Jaan_Tonisson_(Lasteleht), lk 173
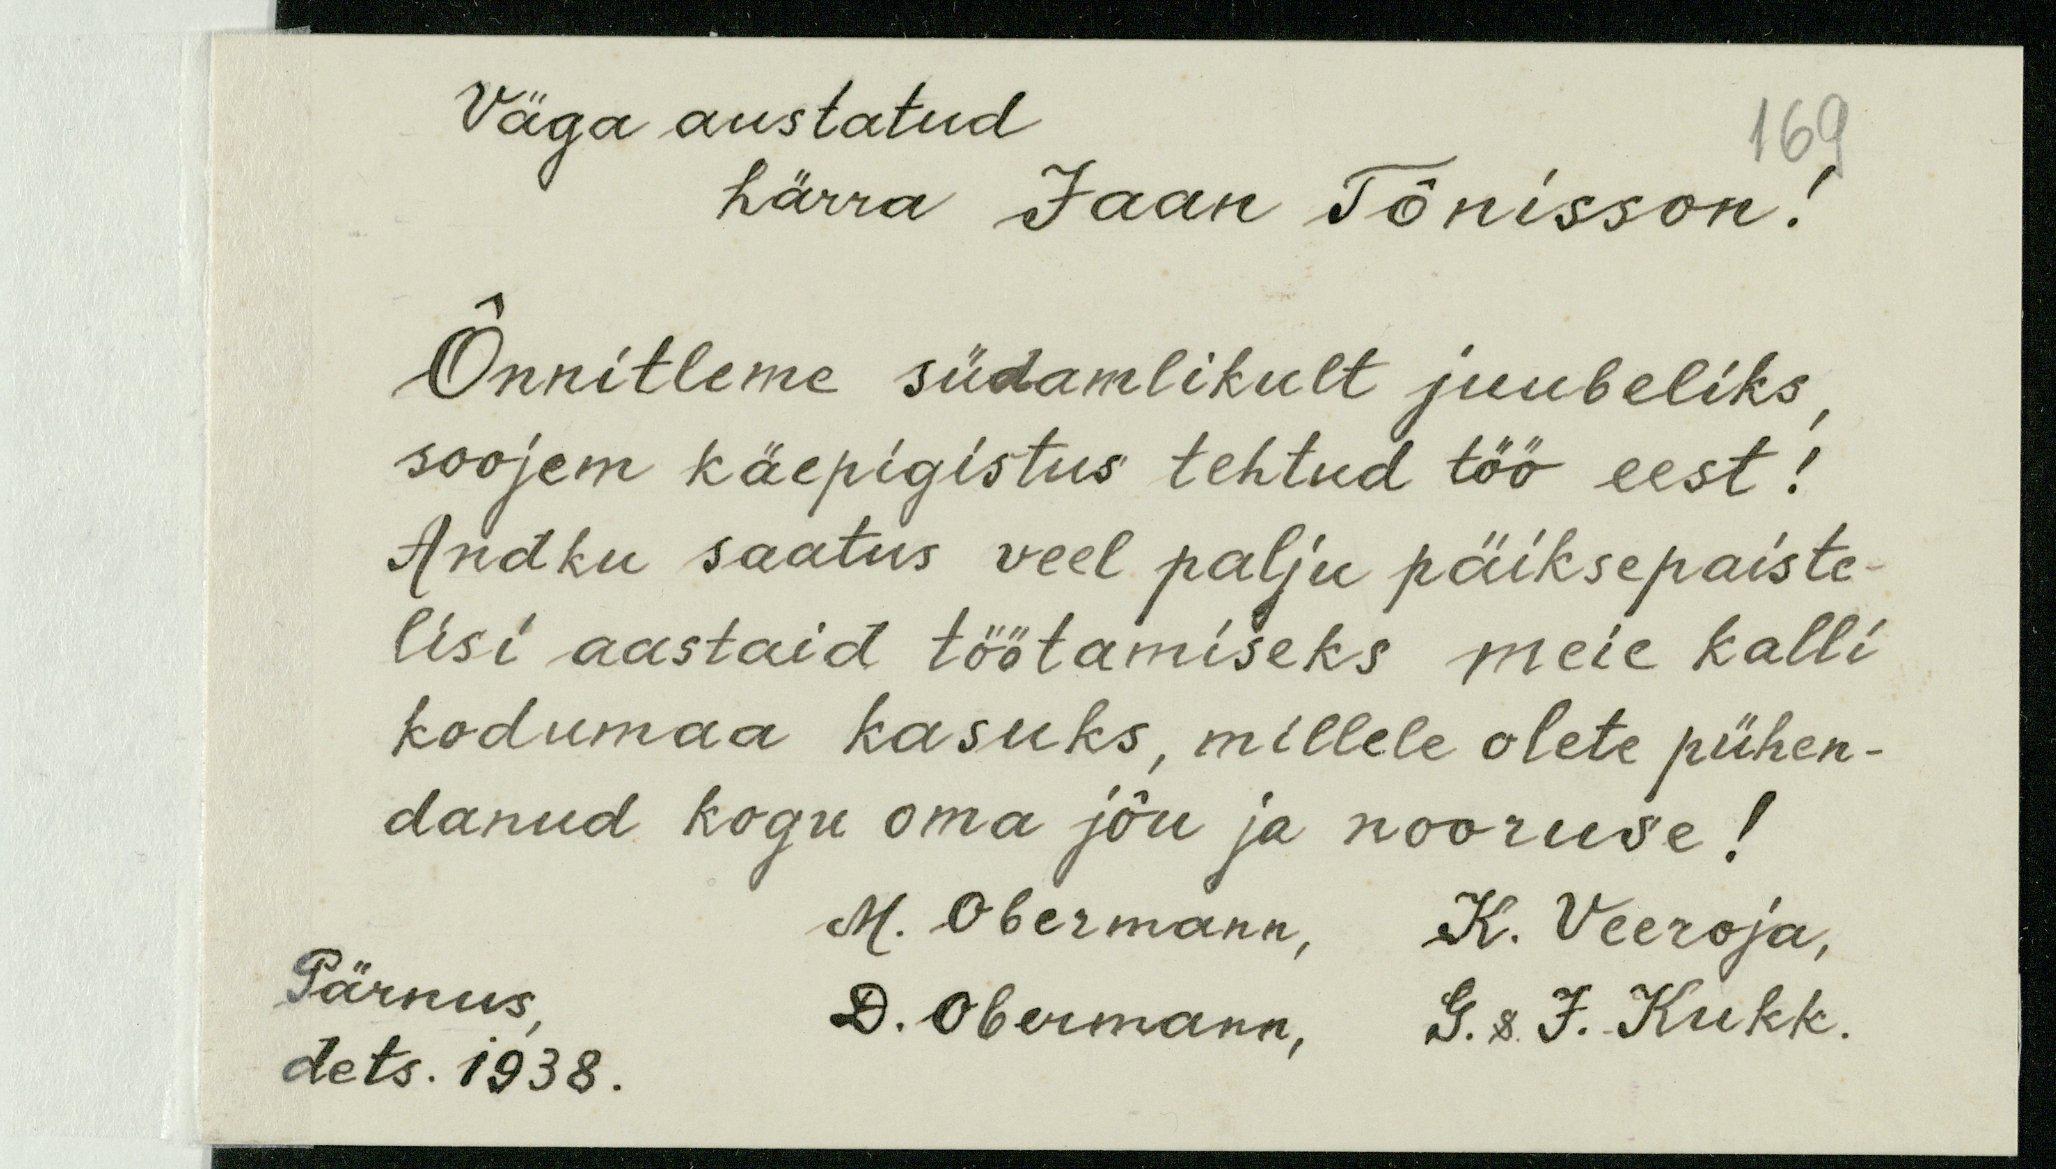
Väga austatud
169
härra Jaan Tõnisson!
Õnnitleme südamlikult juubeliks
soojem käepigistus tehtud töö eest!
Andku saatus veel palju päiksepaiste-
lisi aastaid töötamiseks meie kalli-
kodumaa kasuks, millele olete pühen-
danud kogu oma jõu ja nooruse!
M. Obermann,
K. Veeroja,
Pärnus,
D. Obermann,
G. & J. Kukk.
dets. 1938.